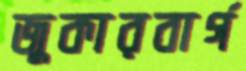
জুকারবার্গ